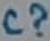
Text: C?